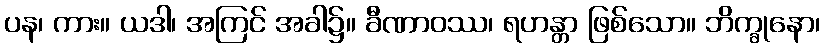
ပန၊ ကား။ ယဒါ၊ အကြင် အခါ၌။ ခီဏာဝဿ၊ ရဟန္တာ ဖြစ်သော။ ဘိက္ခုနော၊